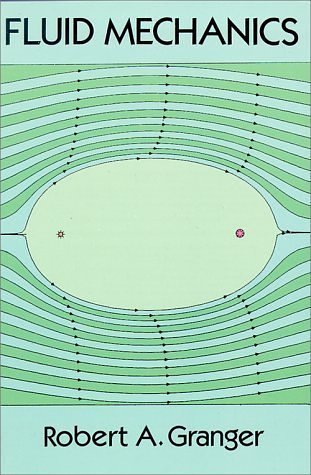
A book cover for Fluid Mechanics (Dover Books on Physics); Robert A. Granger; Engineering & Transportation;